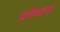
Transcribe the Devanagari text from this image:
प्रतेकाला